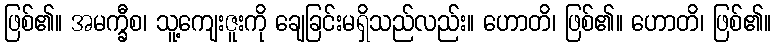
ဖြစ်၏။ အမက္ခီစ၊ သူ့ကျေးဇူးကို ချေခြင်းမရှိသည်လည်း။ ဟောတိ၊ ဖြစ်၏။ ဟောတိ၊ ဖြစ်၏။